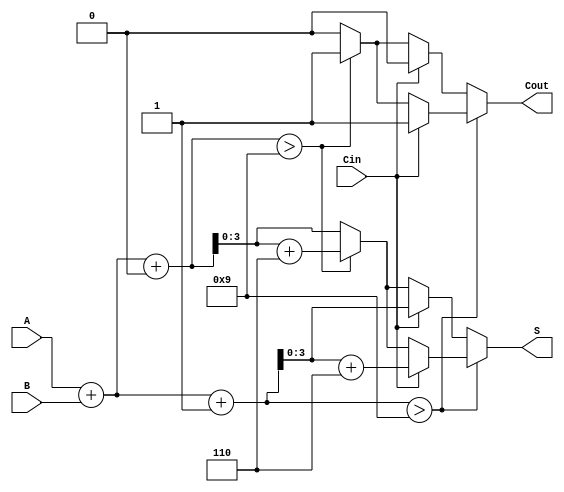
module BCD_MCSA (
    input [3:0] A,        // 4-bit BCD input A
    input [3:0] B,        // 4-bit BCD input B
    input Cin,            // Carry-in
    output reg [3:0] S,   // 4-bit BCD sum output
    output reg Cout       // Carry-out
);

    // Intermediate sums
    wire [4:0] Sum0;      // Sum for Cin = 0
    wire [4:0] Sum1;      // Sum for Cin = 1

    // Compute sums
    assign Sum0 = A + B + 0; // Sum assuming Cin = 0
    assign Sum1 = A + B + 1; // Sum assuming Cin = 1

    always @(*) begin
        // Initialize output
        S = 4'b0000;
        Cout = 1'b0;

        // Check Sum0 for BCD correction
        if (Sum0 > 9) begin
            S = Sum0[3:0] + 4'b0110; // Add correction factor for Sum0
            Cout = 1;                // Set carry-out if correction is applied
        end else begin
            S = Sum0[3:0];           // Use Sum0 as it is valid BCD
        end

        // Check Sum1 for BCD correction
        if (Sum1 > 9) begin
            if (Cin) begin
                S = Sum1[3:0] + 4'b0110; // Add correction factor for Sum1 if Cin is 1
                Cout = 1;                // Set carry-out if correction is applied
            end else begin
                // If Cin is 0, keep S to what is computed from Sum0 which is already in place
            end
        end else if (Cin) begin
            S = Sum1[3:0];               // Use Sum1 as it is valid BCD when Cin is 1
            Cout = 0;                    // No carry-out from a valid Sum1
        end
    end
endmodule